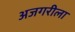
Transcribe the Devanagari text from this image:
अजगरीला